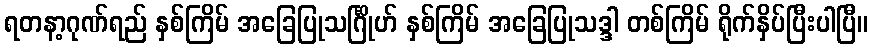
ရတနာ့ဂုဏ်ရည် နှစ်ကြိမ် အခြေပြုသင်္ဂြိုဟ် နှစ်ကြိမ် အခြေပြုသဒ္ဒါ တစ်ကြိမ် ရိုက်နှိပ်ပြီးပါပြီ။